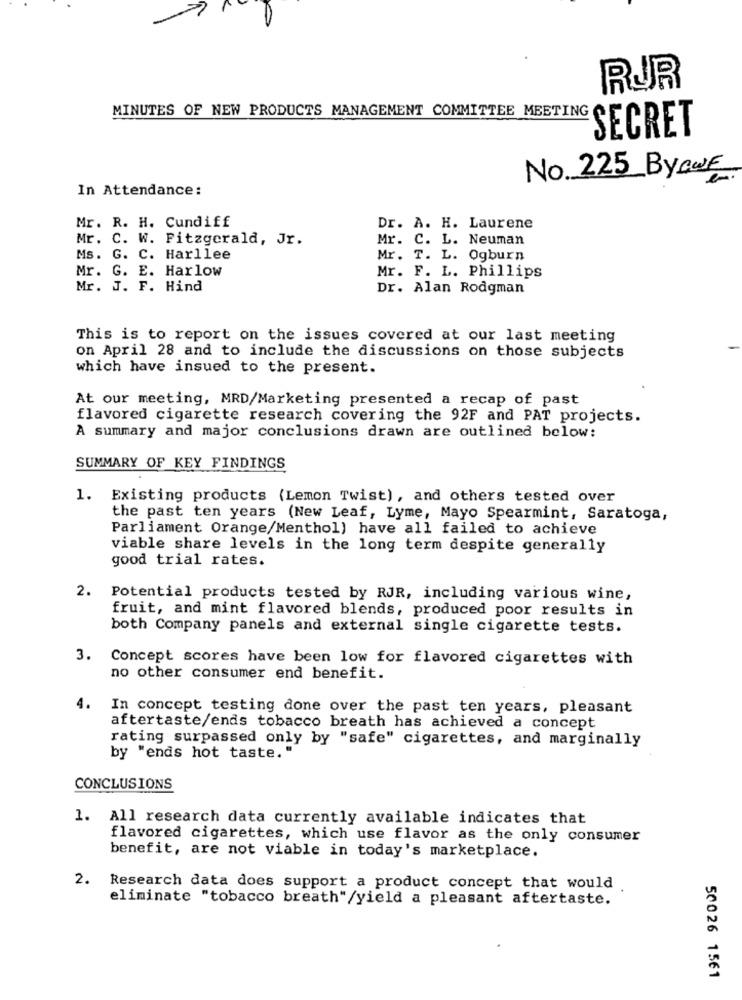
RUR
MINUTES OF NEW PRODUCTS MANAGEMENT COMMITTEE MEETING
SECRET
No. 225 ByOWE
In Attendance:
Mr. R. H. Cundiff
Dr. A. H. Laurene
Mr. C. W. Fitzgerald, Jr.
Mr. C. L. Neuman
Ms. G. C. Harllee
Mr. T. L. Ogburn
Mr. G. E. Harlow
Mr. F. L. Phillips
Mr. J. F. Hind
Dr. Alan Rodgman
This is to report on the issues covered at our last meeting
on April 28 and to include the discussions on those subjects
which have insued to the present.
At our meeting, MRD/Marketing presented a recap of past
flavored cigarette research covering the 92F and PAT projects.
A summary and major conclusions drawn are outlined below:
SUMMARY OF KEY FINDINGS
1. Existing products (Lemon Twist), and others tested over
the past ten years (New Leaf, Lyme, Mayo Spearmint, Saratoga,
Parliament Orange/Menthol) have all failed to achieve
viable share levels in the long term despite generally
good trial rates.
2. Potential products tested by RJR, including various wine,
fruit, and mint flavored blends, produced poor results in
both Company panels and external single cigarette tests.
3. Concept scores have been low for flavored cigarettes with
no other consumer end benefit.
In concept testing done over the past ten years, pleasant
aftertaste/ends tobacco breath has achieved a concept
rating surpassed only by "safe" cigarettes, and marginally
by "ends hot taste."
CONCLUSIONS
1. All research data currently available indicates that
flavored cigarettes, which use flavor as the only consumer
benefit, are not viable in today's marketplace.
2.
Research data does support a product concept that would
eliminate "tobacco breath"/yield a pleasant aftertaste.
50026 1561